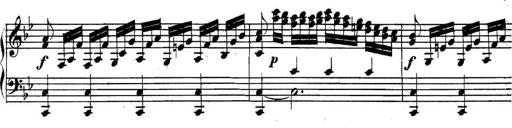
Title: Collected Piano Sonatas
Composer: Muzio Clementi